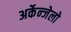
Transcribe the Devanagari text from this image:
अर्केन्जेलो